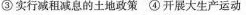
③实行减租减息的土地政策④开展大生产运动